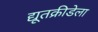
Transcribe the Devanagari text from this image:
द्यूतक्रीडेला